Indian journal of veterinary science and animal husbandry - Volume 10,
Year: 1940
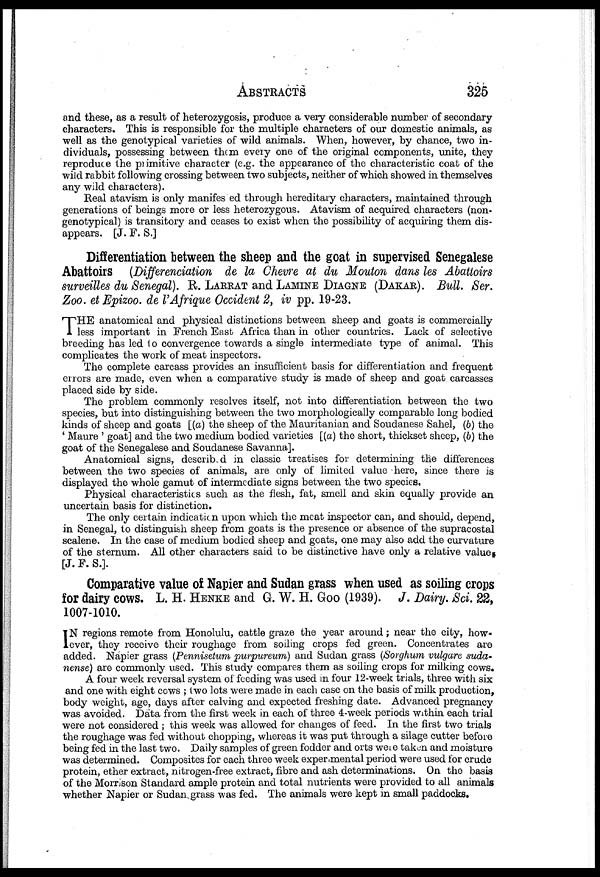
ABSTRACTS
325
and these, as a result of heterozygosis, produce a very considerable number of secondary
characters. This is responsible for the multiple characters of our domestic animals, as
well as the genotypical varieties of wild animals. When, however, by chance, two in-
dividuals, possessing between them every one of the original components, unite, they
reproduce the primitive character (e.g. the appearance of the characteristic coat of the
wild rabbit following crossing between two subjects, neither of which showed in themselves
any wild characters).
Real atavism is only manifes ed through hereditary characters, maintained through
generations of beings more or less heterozygous. Atavism of acquired characters (non-
genotypical) is transitory and ceases to exist when the possibility of acquiring them dis-
appears. [J. F. S.]
Differentiation between the sheep and the goat in supervised Senegalese
Abattoirs (Differenciation de la Chevre at du Mouton dans les Abattoirs
surveilles du Senegal). R-. LARRAT and LAMINE DIAGNE (DAKAR). Bull. Ser.
Zoo. et Epizoo. de l'Afrique Occident 2, iv pp. 19-23.
T HE anatomical and physical distinctions between sheep and goats is commercially
less important in French East Africa than in other countries. Lack of selective
breeding has led to convergence towards a single intermediate type of animal. This
complicates the work of meat inspectors.
The complete carcass provides an insufficient basis for differentiation and frequent
errors are made, even when a comparative study is made of sheep and goat carcasses
placed side by side.
The problem commonly resolves itself, not into differentiation between the two
species, but into distinguishing between the two morphologically comparable long bodied
kinds of sheep and goats [(a) the sheep of the Mauritanian and Soudanese Sahel, (b) the
' Maure ' goat] and the two medium bodied varieties [(a) the short, thickset sheep, (b) the
goat of the Senegalese and Soudanese Savanna].
Anatomical signs, described in classic treatises for determining the differences
between the two species of animals, are only of limited value here, since there is
displayed the whole gamut of intermediate signs between the two species.
Physical characteristics such as the flesh, fat, smell and skin equally provide an
uncertain basis for distinction.
The only certain indication upon which the meat inspector can, and should, depend,
in Senegal, to distinguish sheep from goats is the presence or absence of the supracostal
scalene. In the case of medium bodied sheep and goats, one may also add the curvature
of the sternum. All other characters said to be distinctive have only a relative value
[J. F. S.].
Comparative value of Napier and Sudan grass when used as soiling crops
for dairy cows. L. H. HENKE and G. W. H. Goo (1939). J. Dairy. Sci. 22,
1007-1010.
I N regions remote from Honolulu, cattle graze the year around; near the city, how-
ever, they receive their roughage from soiling crops fed green. Concentrates are
added. Napier grass (Pennisetum purpureum) and Sudan grass (Sorghum vulgare suda-
nense) are commonly used. This study compares them as soiling crops for milking cows.
A four week reversal system of feeding was used in four 12-week trials, three with six
and one with eight cows ; two lots were made in each case on the basis of milk production,
body weight, age, days after calving and expected freshing date. Advanced pregnancy
was avoided. Data from the first week in each of three 4-week periods within each trial
were not considered ; this week was allowed for changes of feed. In the first two trials
the roughage was fed without chopping, whereas it was put through a silage cutter before
being fed in the last two. Daily samples of green fodder and orts were taken and moisture
was determined. Composites for each three week experimental period were used for crude
protein, ether extract, nitrogen-free extract, fibre and ash determinations. On the basis
of the Morrison Standard ample protein and total nutrients were provided to all animals
whether Napier or Sudan grass was fed. The animals were kept in small paddocks.